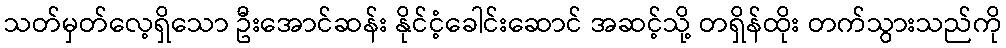
သတ်မှတ်လေ့ရှိသော ဦးအောင်ဆန်း နိုင်ငံ့ခေါင်းဆောင် အဆင့်သို့ တရှိန်ထိုး တက်သွားသည်ကို